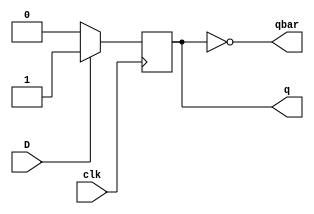
module clocked_dff(output reg q, output qbar, input D, clk);

	assign qbar = ~q;

	initial begin
		q <= 0;
	end

	always @(posedge clk) begin
		
		if (D == 0)
			q <= 0;
		else if (D == 1)
			q <= 1;
		
	end

endmodule